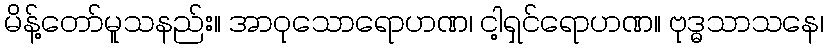
မိန့်တော်မူသနည်း။ အာဝုသောရောဟဏ၊ ငါ့ရှင်ရောဟဏ။ ဗုဒ္ဓသာသနေ၊